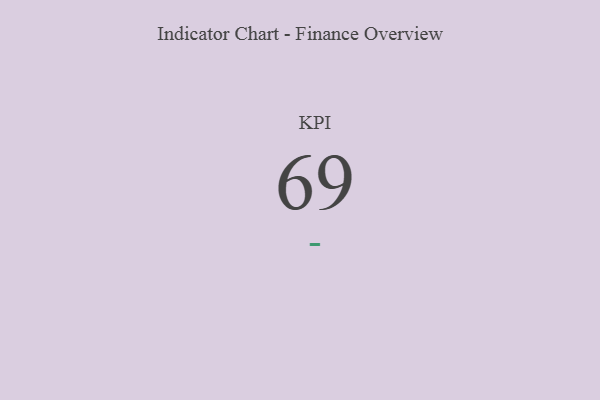
{"axis": {"x": "KPI", "y": "Value"}, "legend": [""], "data": [{"x": "KPI", "y": 69, "type": ""}]}